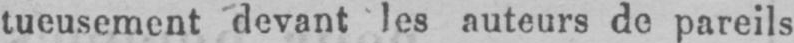
tueusement devant les auteurs de pareils